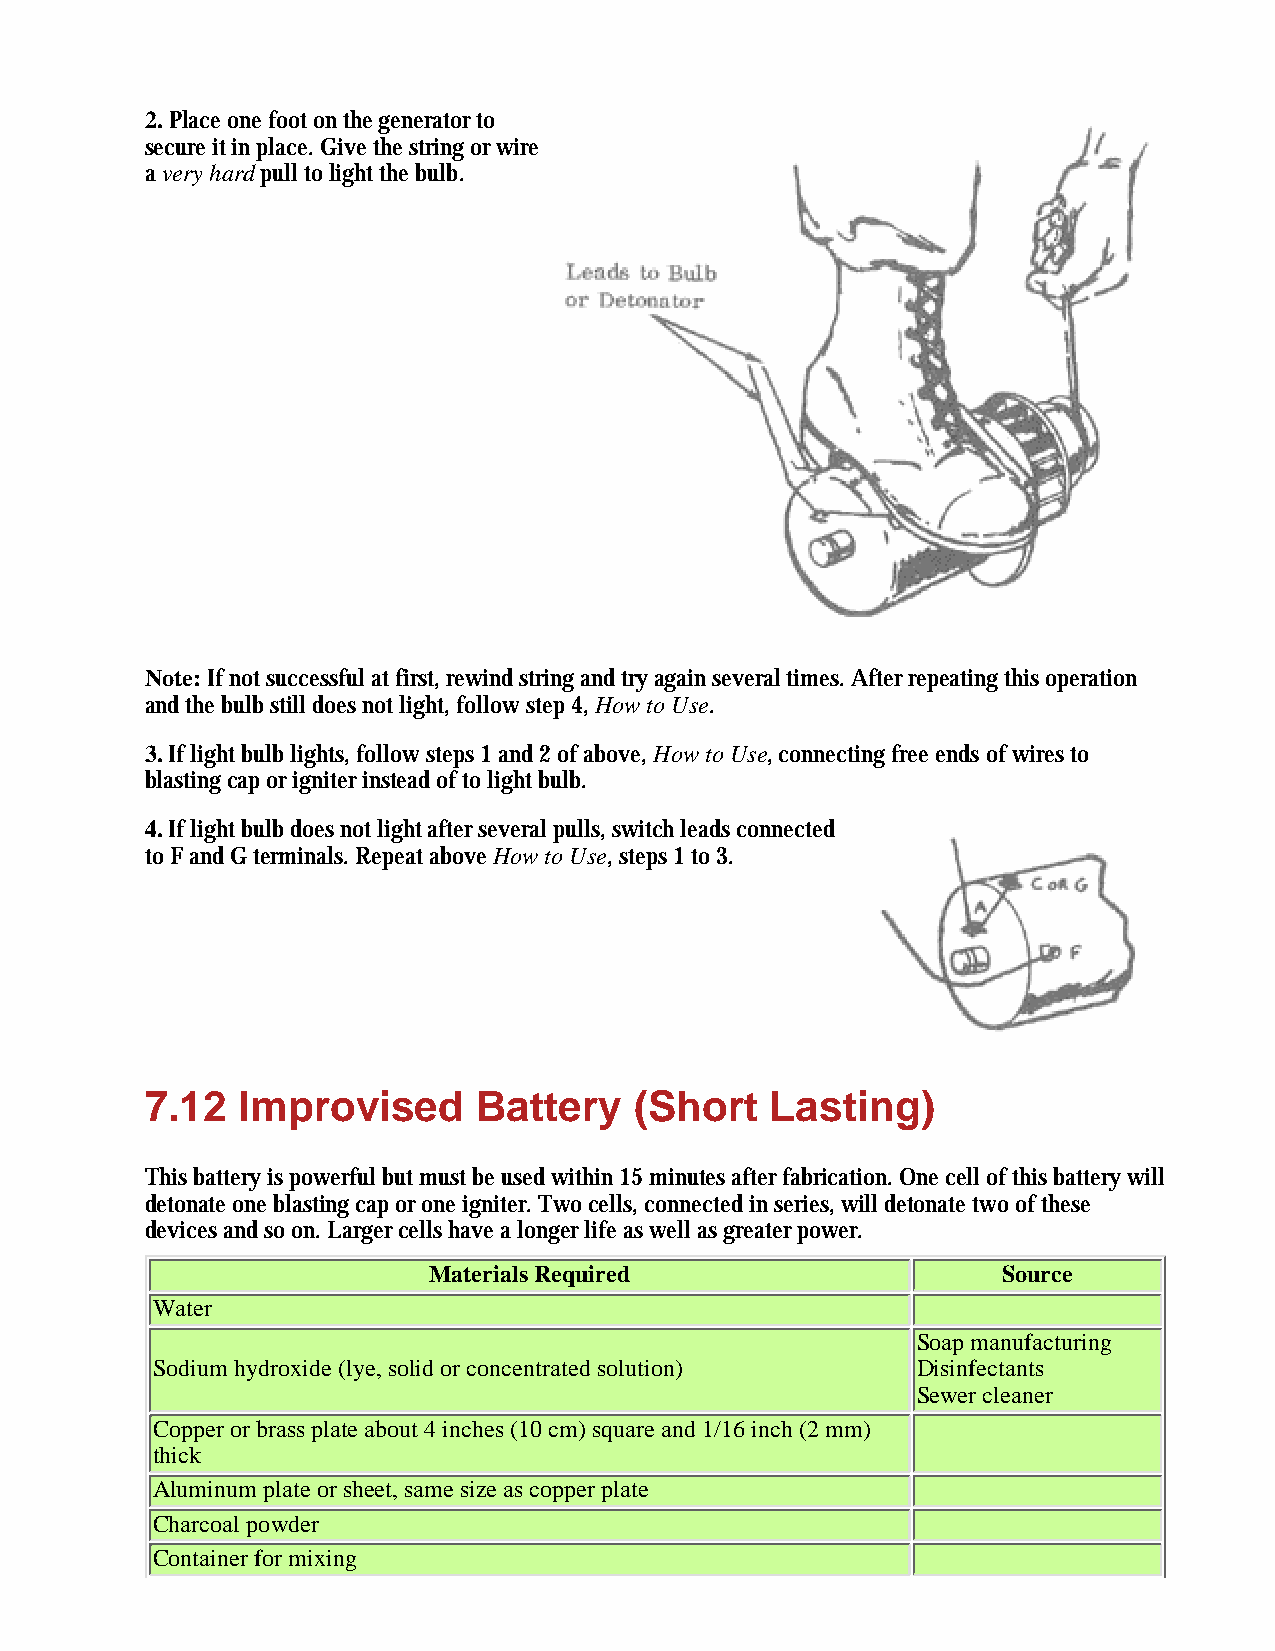
2. Place one foot on the generator to
 secure it in place. Give the string or wire
 a very hard pull to light the bulb.
 Note: If not successful at first, rewind string and try again several times. After repeating this operation
 and the bulb still does not light, follow step 4, How to Use.
 3. If light bulb lights, follow steps 1 and 2 of above, How to Use, connecting free ends of wires to
 blasting cap or igniter instead of to light bulb.
 4. If light bulb does not light after several pulls, switch leads connected
 to F and G terminals. Repeat above How to Use, steps 1 to 3.
 7.12  Improvised      Battery   (Short   Lasting)
 This battery is powerful but must be used within 15 minutes after fabrication. One cell of this battery will
 detonate one blasting cap or one igniter. Two cells, connected in series, will detonate two of these
 devices and so on. Larger cells have a longer life as well as greater power.
 Materials Required                    Source
 Water
 Soap manufacturing
 Sodium hydroxide (lye, solid or concentrated solution) Disinfectants
 Sewer cleaner
 Copper or brass plate about 4 inches (10 cm) square and 1/16 inch (2 mm)
 thick
 Aluminum plate or sheet, same size as copper plate
 Charcoal powder
 Container for mixing